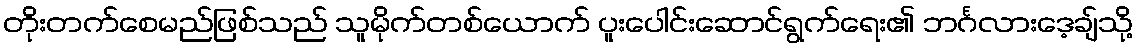
တိုးတက်စေမည်ဖြစ်သည် သူမိုက်တစ်ယောက် ပူးပေါင်းဆောင်ရွက်ရေး၏ ဘင်္ဂလားဒေ့ချ်သို့